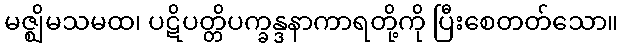
မဇ္ဈိမသမထ၊ ပဋိပတ္တိပက္ခန္ဒနာကာရတို့ကို ပြီးစေတတ်သော။